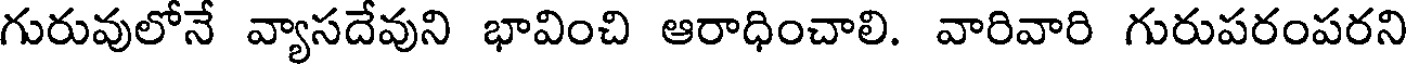
గురువులోనే వ్యాసదేవుని భావించి ఆరాధించాలి. వారివారి గురుపరంపరని